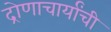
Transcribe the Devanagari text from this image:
द्रोणाचार्यांची